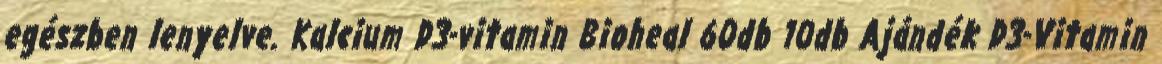
egészben lenyelve. Kalcium D3-vitamin Bioheal 60db 10db Ajándék D3-Vitamin